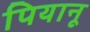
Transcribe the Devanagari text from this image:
पियानू